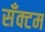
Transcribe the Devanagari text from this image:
सँक्टम